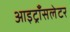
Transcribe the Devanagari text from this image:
आइट्राँसलेटर